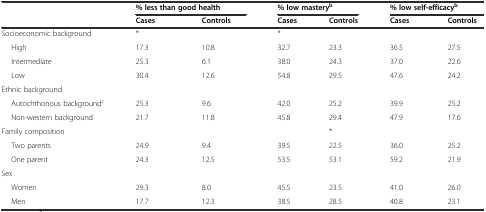
<table><thead><tr><td></td><td colspan="2"><b>% less than good health</b></td><td colspan="2"><b>% low mastery<sup>b</sup></b></td><td colspan="2"><b>% low self-efficacy<sup>b</sup></b></td></tr><tr><td></td><td><b>Cases</b></td><td><b>Controls</b></td><td><b>Cases</b></td><td><b>Controls</b></td><td><b>Cases</b></td><td><b>Controls</b></td></tr></thead><tbody><tr><td>Socioeconomic background</td><td>*</td><td></td><td>*</td><td></td><td></td><td></td></tr><tr><td>High</td><td>17.3</td><td>10.8</td><td>32.7</td><td>23.3</td><td>36.5</td><td>27.5</td></tr><tr><td>Intermediate</td><td>25.3</td><td>6.1</td><td>38.0</td><td>24.3</td><td>37.0</td><td>22.6</td></tr><tr><td>Low</td><td>30.4</td><td>12.6</td><td>54.8</td><td>29.5</td><td>47.6</td><td>24.2</td></tr><tr><td>Ethnic background</td><td></td><td></td><td></td><td></td><td></td><td></td></tr><tr><td>Autochthonous background<sup>c</sup></td><td>25.3</td><td>9.6</td><td>42.0</td><td>25.2</td><td>39.9</td><td>25.2</td></tr><tr><td>Non-western background</td><td>21.7</td><td>11.8</td><td>45.8</td><td>29.4</td><td>47.9</td><td>17.6</td></tr><tr><td>Family composition</td><td></td><td></td><td></td><td>*</td><td></td><td></td></tr><tr><td>Two parents</td><td>24.9</td><td>9.4</td><td>39.5</td><td>22.5</td><td>36.0</td><td>25.2</td></tr><tr><td>One parent</td><td>24.3</td><td>12.5</td><td>53.5</td><td>53.1</td><td>59.2</td><td>21.9</td></tr><tr><td>Sex</td><td></td><td></td><td></td><td></td><td></td><td></td></tr><tr><td>Women</td><td>29.3</td><td>8.0</td><td>45.5</td><td>23.5</td><td>41.0</td><td>26.0</td></tr><tr><td>Men</td><td>17.7</td><td>12.3</td><td>38.5</td><td>28.5</td><td>40.8</td><td>23.1</td></tr></tbody></table>